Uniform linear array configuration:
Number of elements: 32
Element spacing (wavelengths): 1
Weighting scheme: cosine
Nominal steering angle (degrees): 15
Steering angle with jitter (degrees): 14.563
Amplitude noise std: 0.05
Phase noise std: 0.05

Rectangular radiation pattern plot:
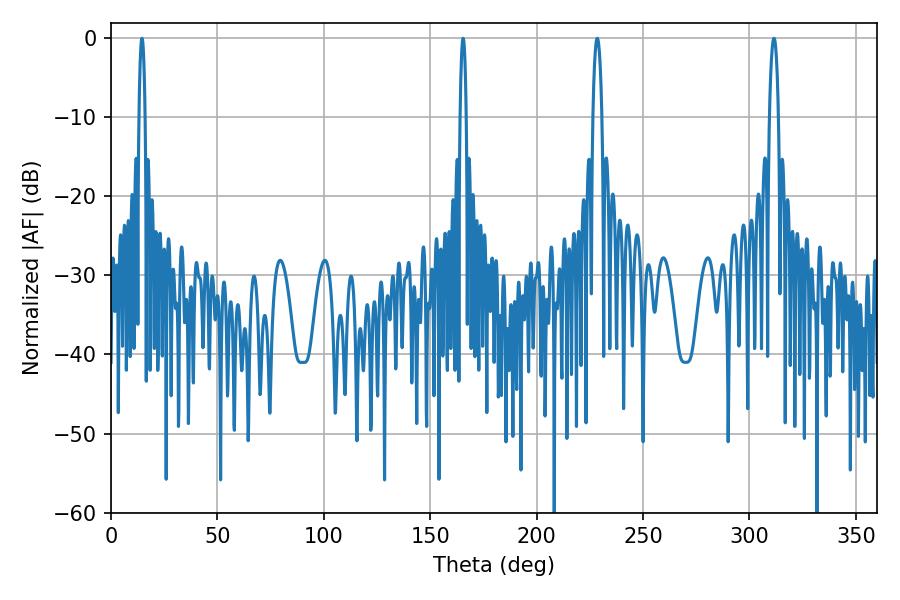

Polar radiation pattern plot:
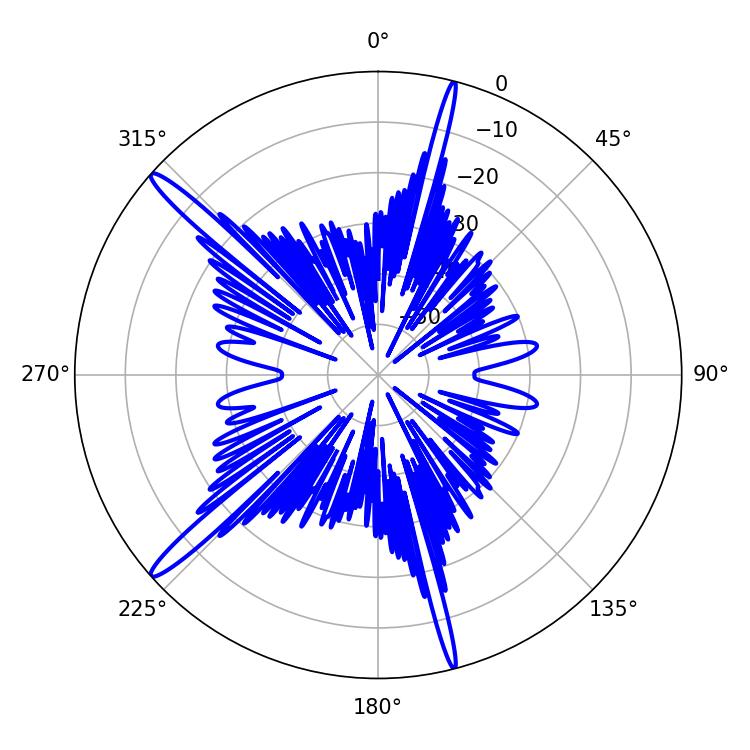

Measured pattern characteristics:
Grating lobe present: TRUE
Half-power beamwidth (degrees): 1.44
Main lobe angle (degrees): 165.42